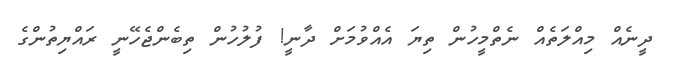
ދީނެއް މިއްލަތެއް ނެތްމީހުން ތިޔަ އެއްވުމަށް ދާނީ! ފުލުހުން ތިބެންޖެހޭނީ ރައްޔިތުންގެ